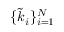
\{ \widetilde { k } _ { i } \} _ { i = 1 } ^ { N }